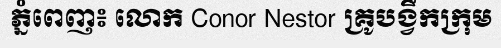
ភ្នំពេញ៖ លោក Conor Nestor គ្រូបង្វឹកក្រុម